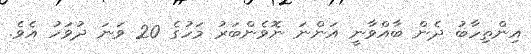
އިންތިހާބު ދެން ބާއްވާނީ އަންނަ ނޮވެންބަރު މަހުގެ 20 ވަނަ ދުވަހު އެވެ.